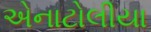
એનાટોલીયા